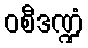
ဝစီဒဏ္ဍံ